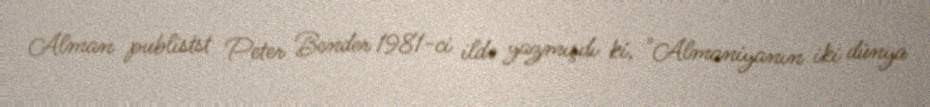
Alman publistst Peter Bender 1981-ci ildə yazmışdı ki, "Almaniyanın iki dünya